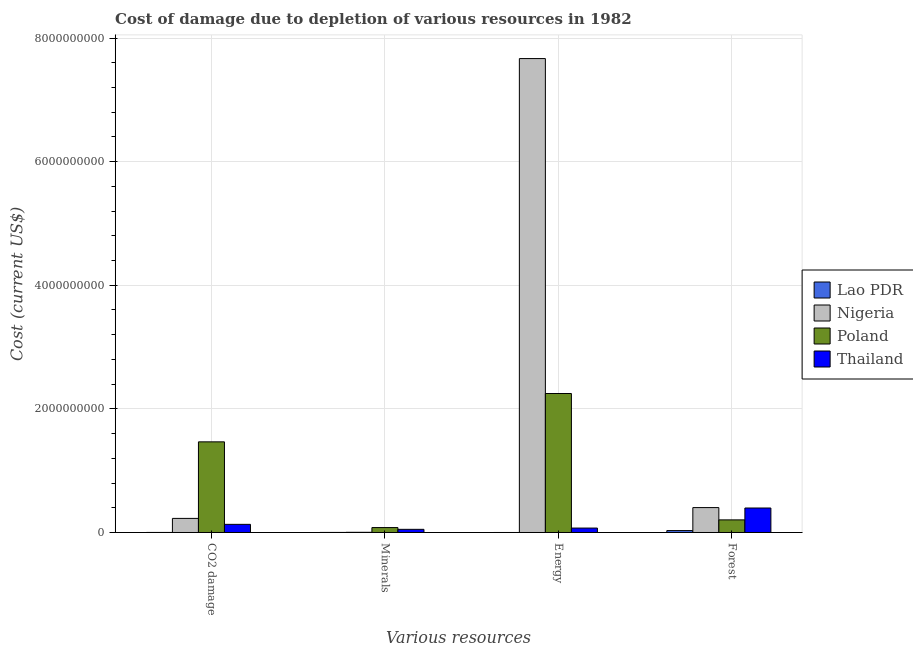
| Various resources | Lao PDR | Nigeria | Poland | Thailand |
 | --- | --- | --- | --- | --- |
 | CO2 damage | 5.48e+05 | 2.28e+08 | 1.47e+09 | 1.32e+08 |
 | Minerals | 9.86e+05 | 3.01e+06 | 7.95e+07 | 5.09e+07 |
 | Energy | 4.23e+03 | 7.67e+09 | 2.25e+09 | 7.15e+07 |
 | Forest | 3.1e+07 | 4.03e+08 | 2.04e+08 | 3.96e+08 |